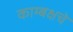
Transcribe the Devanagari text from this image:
काम्बक्षचे